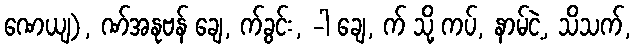
ဏေယျ), ဏ်အနုဗန် ချေ, က်ခွင်း, -ါ ချေ, က် သို့ ကပ်, နာမ်ငဲ့, သိသက်,